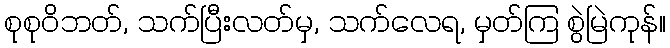
စုစုဝိဘတ်, သက်ပြီးလတ်မှ, သက်လေရ, မှတ်ကြ စွဲမြဲကုန်။